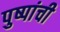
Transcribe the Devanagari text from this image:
पुष्पांची